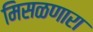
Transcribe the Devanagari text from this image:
मिसळणारा